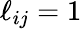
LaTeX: \ell_{ij}=1